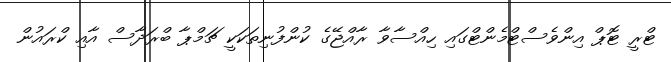
ޓްރީ ޓޮޕް އިންވެސްޓްމެންޓްގައި ހިއްސާވާ ރާއްޖޭގެ ކުންފުނިތަކަކީ ޗަމްޕާ ބްރަދާސް އާއި ކްރައުން